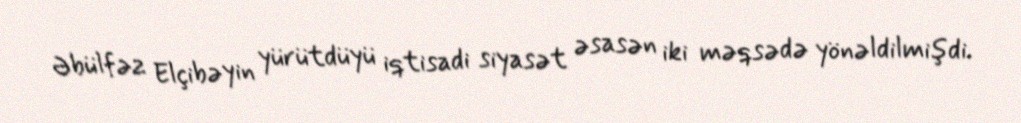
Əbülfəz Elçibəyin yürütdüyü iqtisadi siyasət əsasən iki məqsədə yönəldilmişdi.